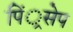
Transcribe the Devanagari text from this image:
पिं्रसेप